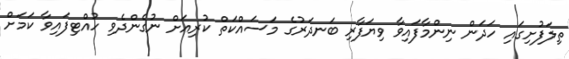
ތިލަފުށިގައި ހަދަން ނިންމާފައިވާ ވިޔަފާރި ބަނދަރުގެ މަސައްކަތް ކުރިއަށް ނުގެންދެވި ހުއްޓިފައިވާ ކަމަށް